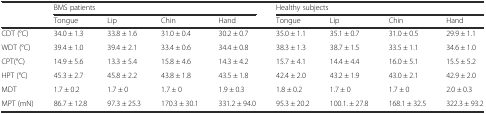
<table><thead><tr><td></td><td colspan="4"><b>BMS patients</b></td><td colspan="4"><b>Healthy subjects</b></td></tr><tr><td></td><td><b>Tongue</b></td><td><b>Lip</b></td><td><b>Chin</b></td><td><b>Hand</b></td><td><b>Tongue</b></td><td><b>Lip</b></td><td><b>Chin</b></td><td><b>Hand</b></td></tr></thead><tbody><tr><td>CDT (°C)</td><td>34.0 ± 1.3</td><td>33.8 ± 1.6</td><td>31.0 ± 0.4</td><td>30.2 ± 0.7</td><td>35.0 ± 1.1</td><td>35.1 ± 0.7</td><td>31.0 ± 0.5</td><td>29.9 ± 1.1</td></tr><tr><td>WDT (°C)</td><td>39.4 ± 1.0</td><td>39.4 ± 2.1</td><td>33.4 ± 0.6</td><td>34.4 ± 0.8</td><td>38.3 ± 1.3</td><td>38.7 ± 1.5</td><td>33.5 ± 1.1</td><td>34.6 ± 1.0</td></tr><tr><td>CPT(°C)</td><td>14.9 ± 5.6</td><td>13.3 ± 5.4</td><td>15.8 ± 4.6</td><td>14.3 ± 4.2</td><td>15.7 ± 4.1</td><td>14.4 ± 4.4</td><td>16.0 ± 5.1</td><td>15.5 ± 5.2</td></tr><tr><td>HPT (°C)</td><td>45.3 ± 2.7</td><td>45.8 ± 2.2</td><td>43.8 ± 1.8</td><td>43.5 ± 1.8</td><td>42.4 ± 2.0</td><td>43.2 ± 1.9</td><td>43.0 ± 2.1</td><td>42.9 ± 2.0</td></tr><tr><td>MDT</td><td>1.7 ± 0.2</td><td>1.7 ± 0</td><td>1.7 ± 0</td><td>1.9 ± 0.3</td><td>1.8 ± 0.2</td><td>1.7 ± 0</td><td>1.7 ± 0</td><td>2.0 ± 0.3</td></tr><tr><td>MPT (mN)</td><td>86.7 ± 12.8</td><td>97.3 ± 25.3</td><td>170.3 ± 30.1</td><td>331.2 ± 94.0</td><td>95.3 ± 20.2</td><td>100.1. ± 27.8</td><td>168.1 ± 32.5</td><td>322.3 ± 93.2</td></tr></tbody></table>